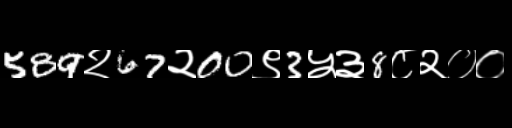
Text: 589२67२00९3५३8८२००